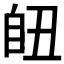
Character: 𦤊